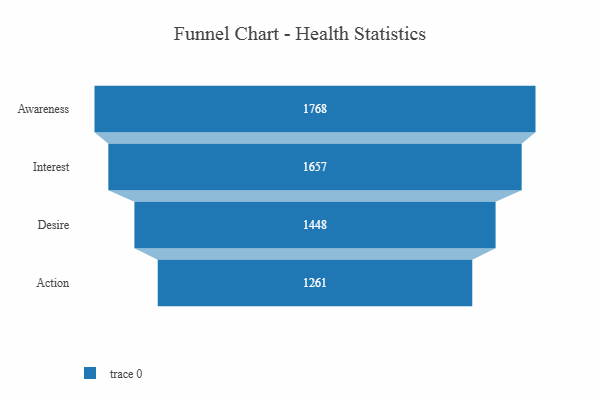
{"axis": {"x": "Stage", "y": "Value"}, "legend": [""], "data": [{"x": "Awareness", "y": 1768.0, "type": ""}, {"x": "Interest", "y": 1657.0, "type": ""}, {"x": "Desire", "y": 1448.0, "type": ""}, {"x": "Action", "y": 1261.0, "type": ""}]}